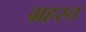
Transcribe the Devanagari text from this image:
ग्रहस्त